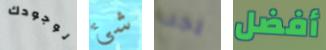
لوجودك شئ يجب أفضل